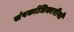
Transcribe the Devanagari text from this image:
संपर्काधिकारीयों